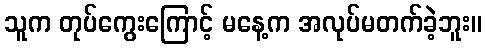
သူက တုပ်ကွေးကြောင့် မနေ့က အလုပ်မတက်ခဲ့ဘူး။